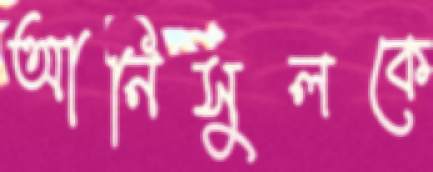
আনিসুলকে